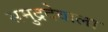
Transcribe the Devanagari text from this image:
समुद्रदेवाला